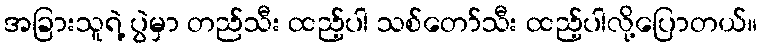
အခြားသူရဲ့ ပွဲမှာ တည်သီး ထည့်ပါ သစ်တော်သီး ထည့်ပါလို့ပြောတယ်။